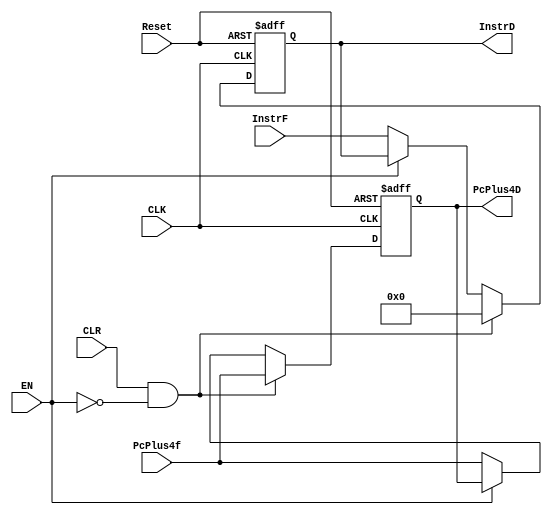
module Decode_reg (
    // input & output ports
    input  wire           CLK,   
    input  wire           Reset,
    input  wire           CLR,
    input  wire           EN,
    input  wire  [31:0]   InstrF,
    input  wire  [31:0]   PcPlus4f,
    output reg   [31:0]   InstrD,
    output reg   [31:0]   PcPlus4D
);

always @(posedge CLK, negedge Reset) begin
    if (!Reset) begin
        InstrD   <= 0;
        PcPlus4D <= 0;
    end
    else if(CLR&&!EN) begin
        InstrD   <= 0;
        PcPlus4D <= PcPlus4f;
    end
    else if(!EN) begin
        InstrD   <= InstrF;
        PcPlus4D <= PcPlus4f;
    end

end
    
endmodule